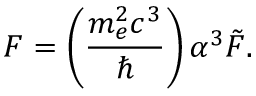
F = \left( \frac { m _ { e } ^ { 2 } c ^ { 3 } } { \hbar } \right) \alpha ^ { 3 } \tilde { F } .